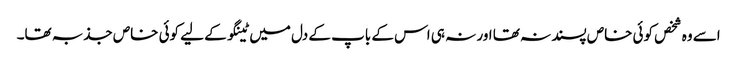
اسے وہ شخص کوئی خاص پسند نہ تھا اور نہ ہی اس کے باپ کے دل میں ٹینگو کے لیے کوئی خاص جذبہ تھا۔